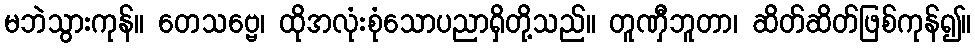
မဘဲသွားကုန်။ တေသဗ္ဗေ၊ ထိုအလုံးစုံသောပညာရှိတို့သည်။ တူဏှီဘူတာ၊ ဆိတ်ဆိတ်ဖြစ်ကုန်၍။